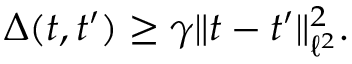
\Delta ( t , t ^ { \prime } ) \geq \gamma \Vert t - t ^ { \prime } \Vert _ { \ell ^ { 2 } } ^ { 2 } .